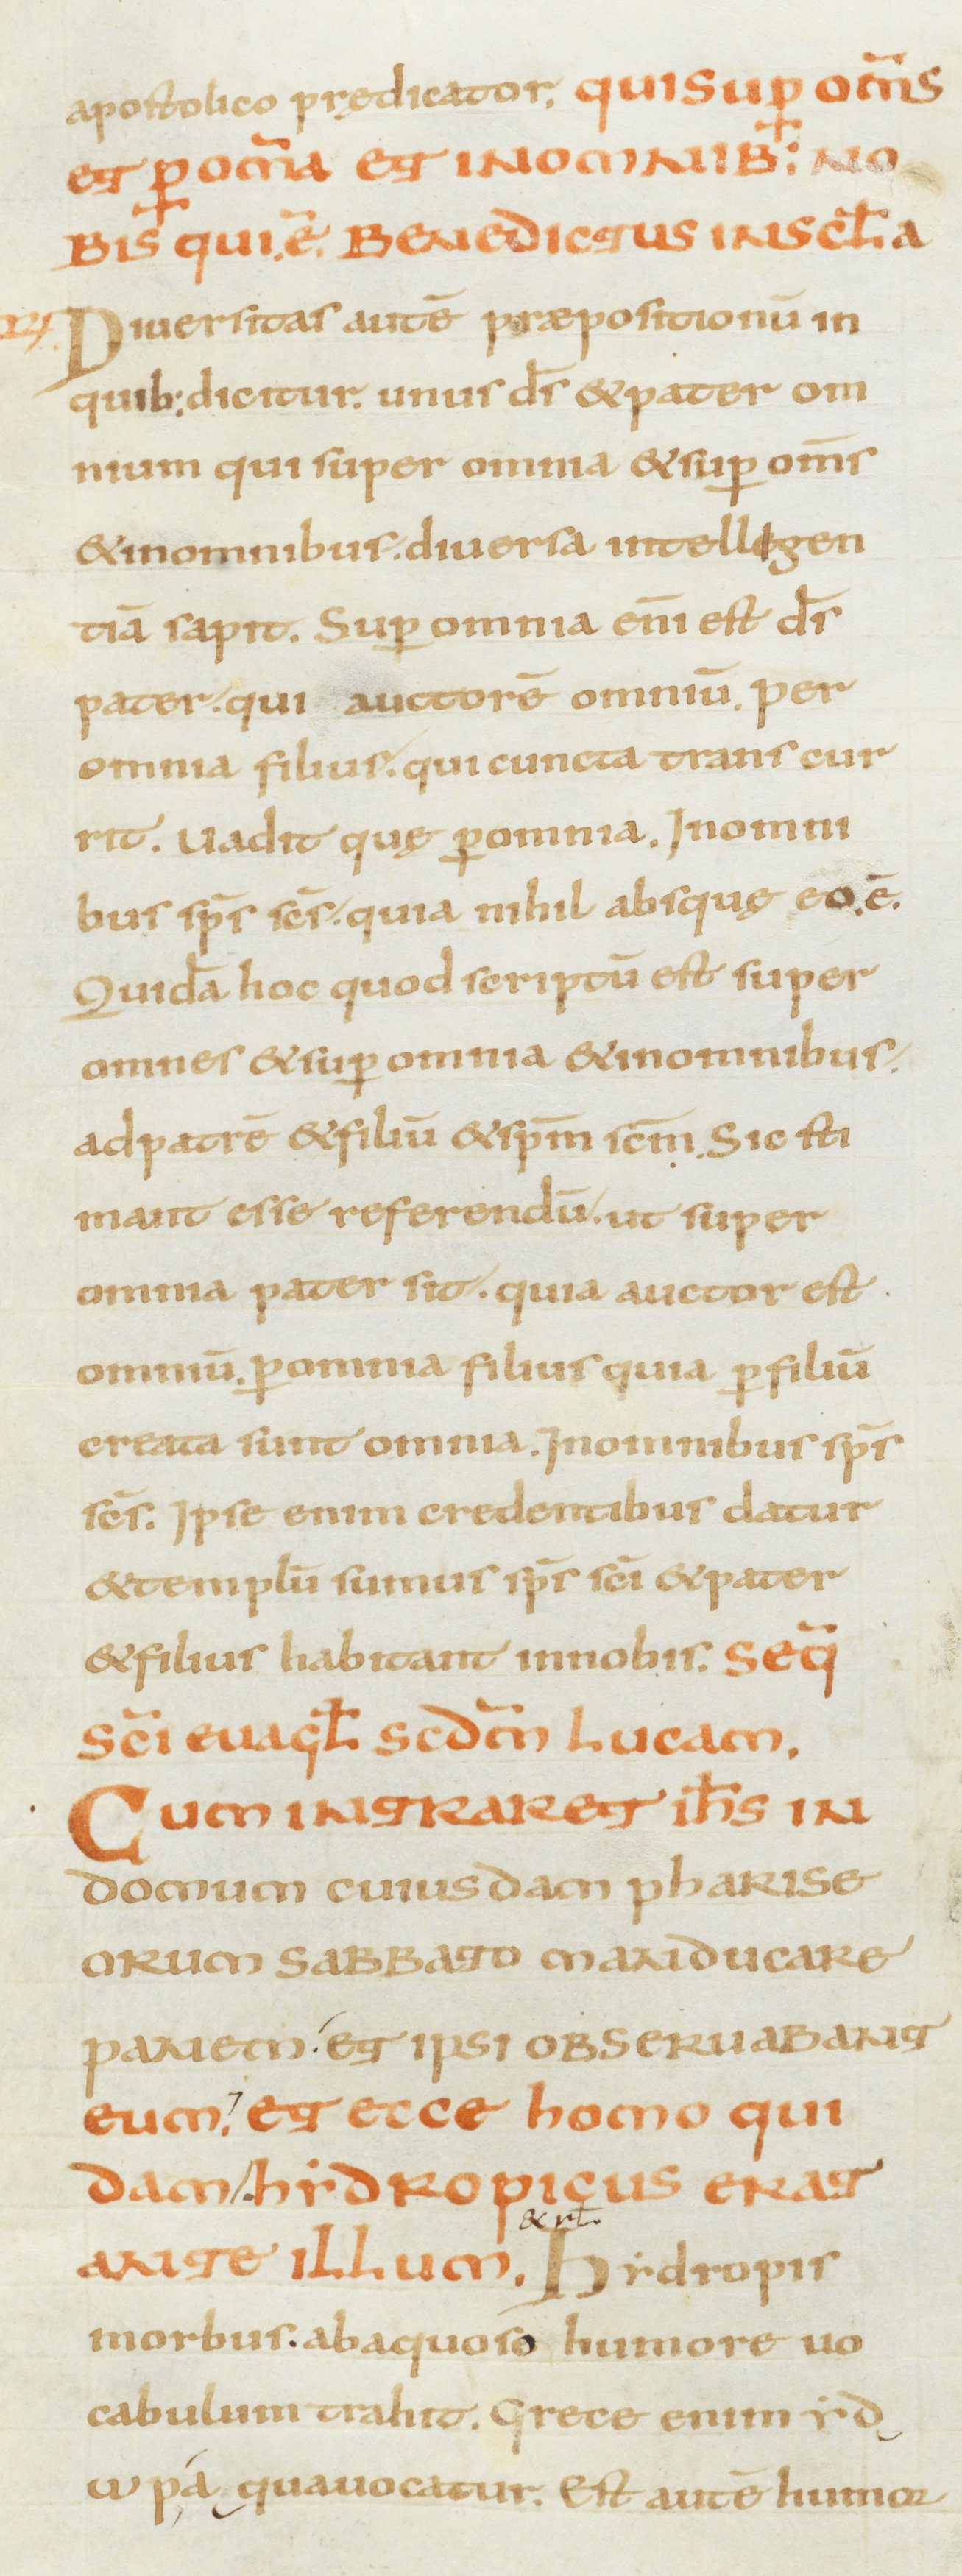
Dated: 800–899